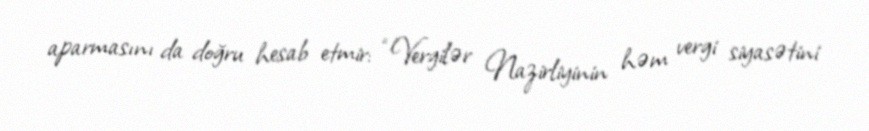
aparmasını da doğru hesab etmir: “Vergilər Nazirliyinin həm vergi siyasətini